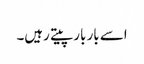
اسے بار بار پیتے رہیں۔